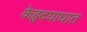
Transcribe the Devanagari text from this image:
केहृदयाघात